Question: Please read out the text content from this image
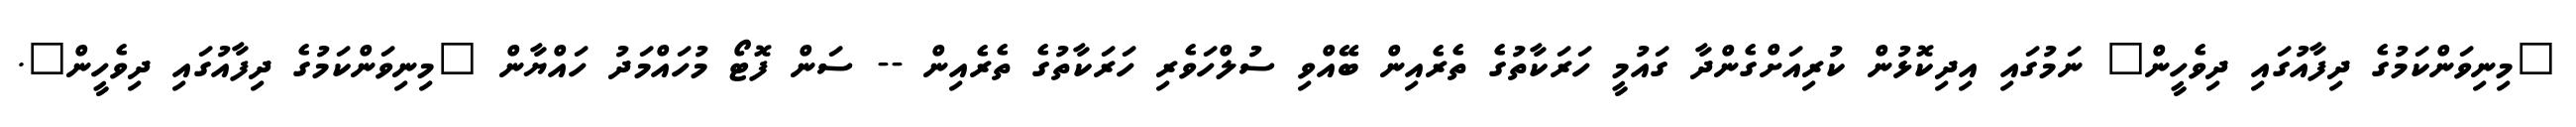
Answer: "މިނިވަންކަމުގެ ދިފާއުގައި ދިވެހީން" ނަމުގައި އިދިކޮޅުން ކުރިއަށްގެންދާ ގައުމީ ހަރަކާތުގެ ތެރެއިން ބޭއްވި ސުލްހަވެރި ހަރަކާތުގެ ތެރެއިން -- ސަން ފޮޓޯ މުހައްމަދު ހައްޔާން "މިނިވަންކަމުގެ ދިފާއުގައި ދިވެހީން".